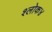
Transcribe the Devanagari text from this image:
श्लोक४